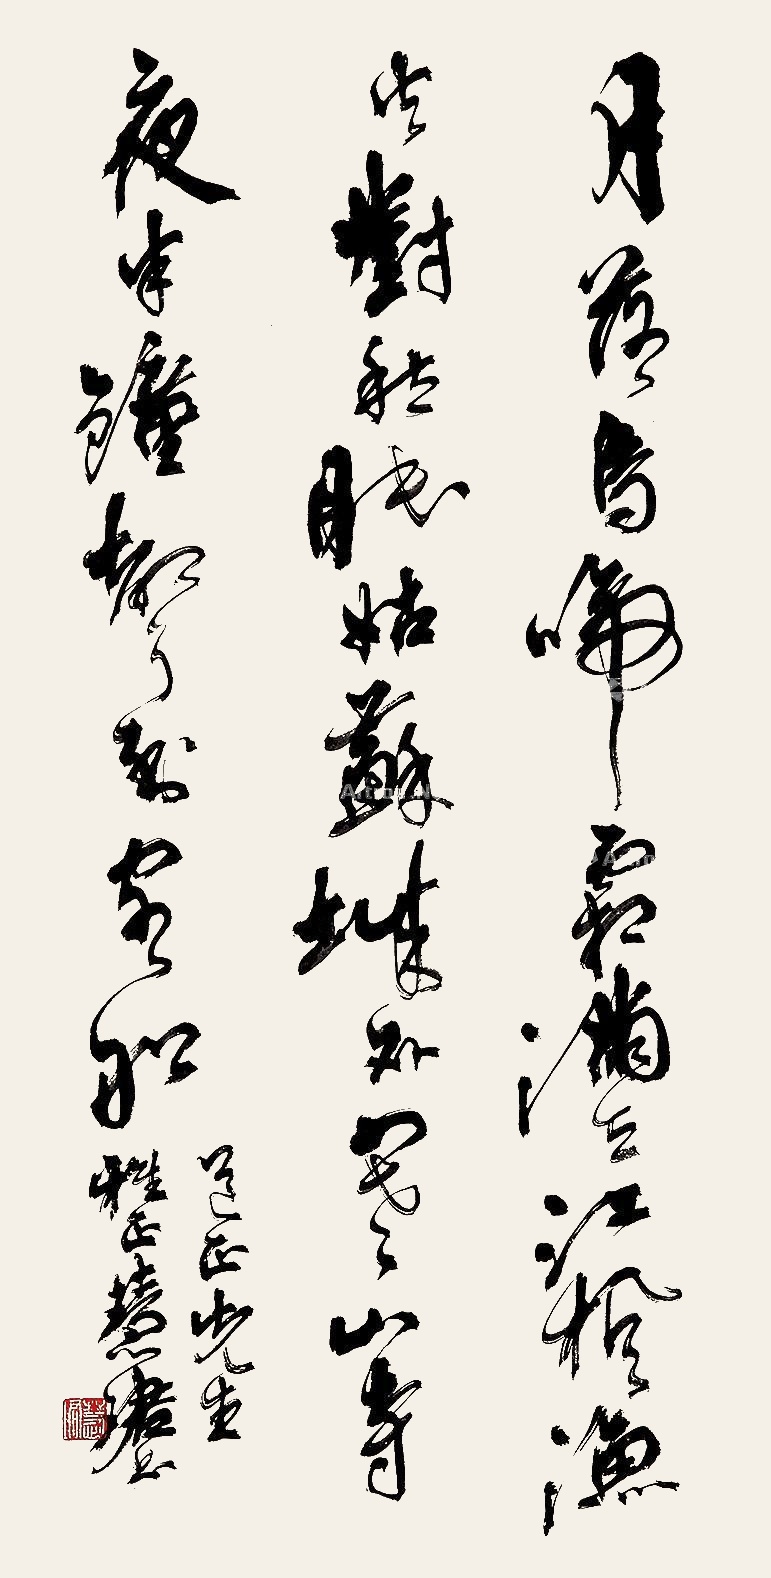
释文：月落乌啼霜满天，江枫渔火对愁眠。姑苏城外寒山寺，夜半钟声到客船。道正先生雅正，慧珺书。